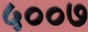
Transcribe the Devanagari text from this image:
५००७